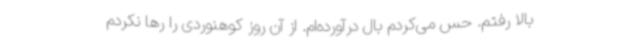
بالا رفتم. حس می‌کردم بال درآورده‌ام. از آن روز کوهنوردی را رها نکردم